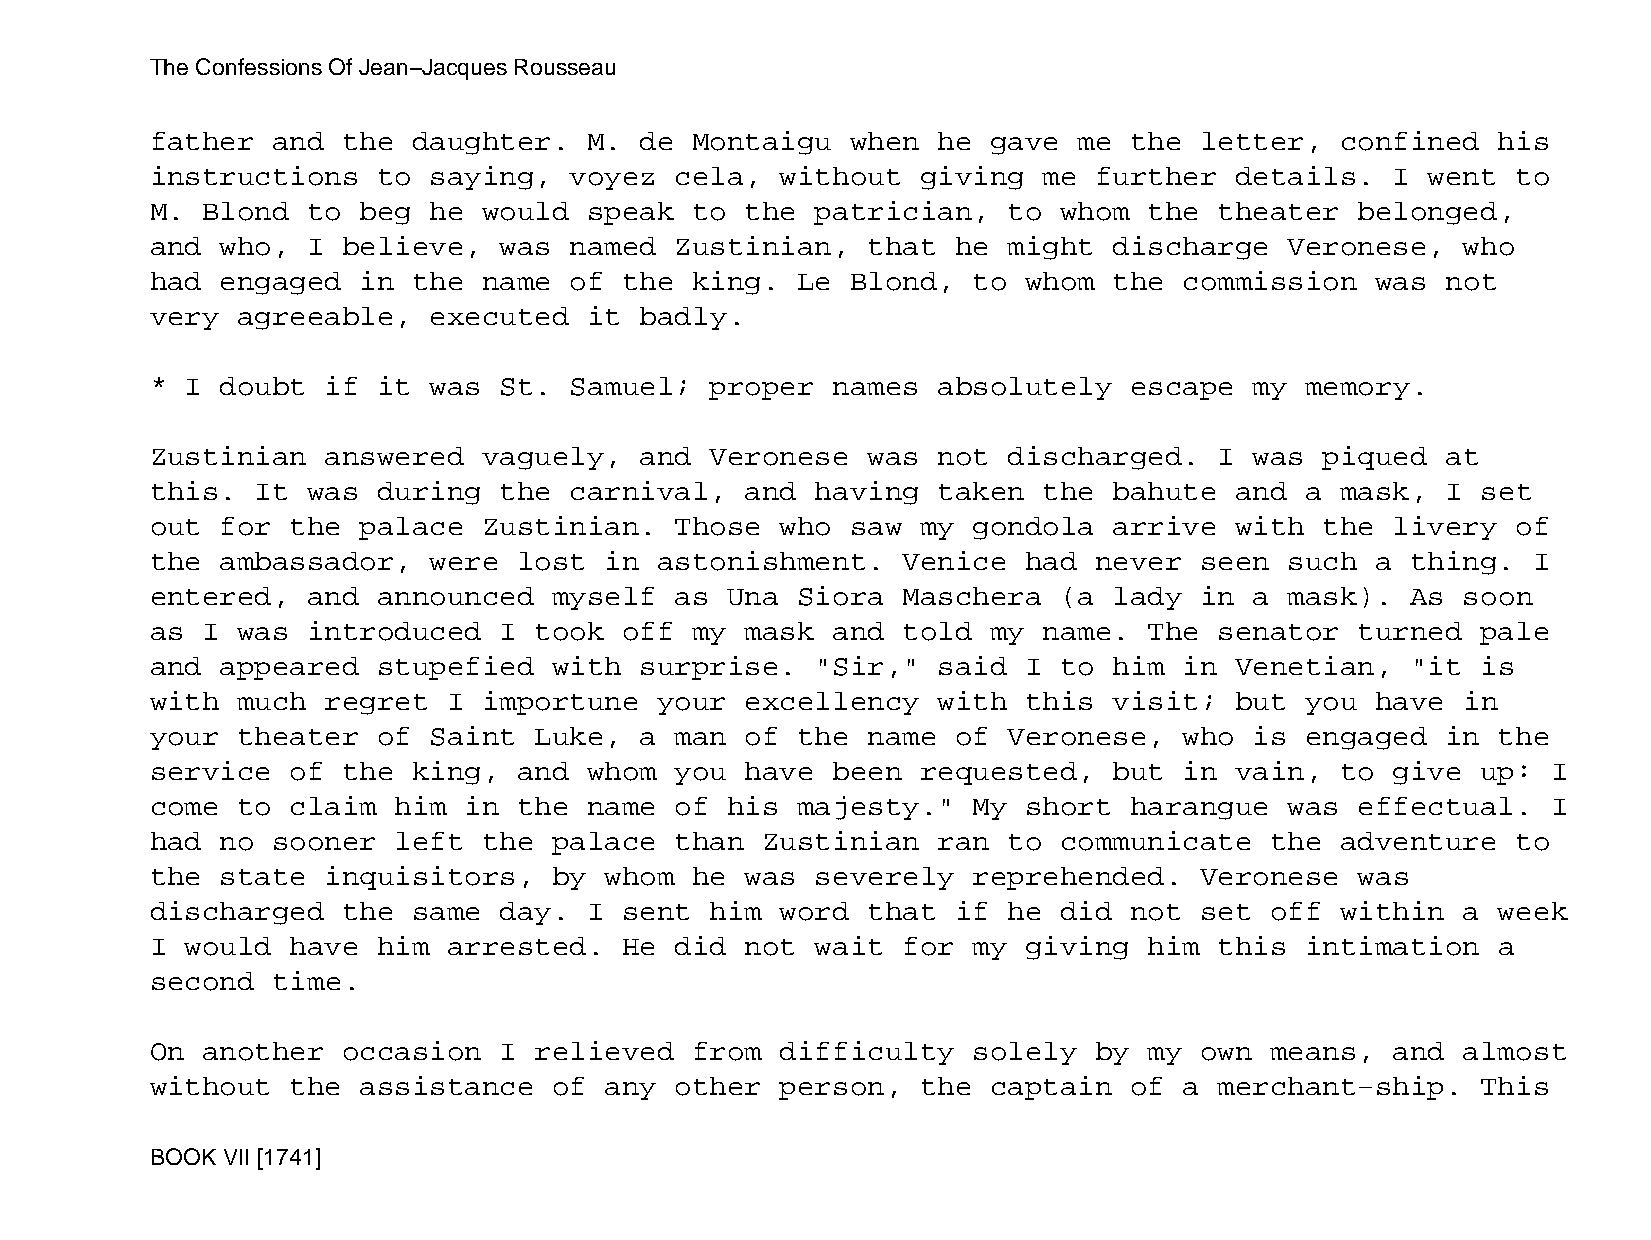
The Confessions Of Jean−Jacques Rousseau
 father  and  the daughter.   M. de  Montaigu  when  he  gave me  the letter,   confined  his
 instructions   to saying,   voyez  cela,  without  giving  me further   details.  I  went to
 M. Blond  to  beg he  would  speak  to the  patrician,   to whom  the  theater  belonged,
 and  who, I  believe,  was  named  Zustinian,  that  he  might  discharge  Veronese,   who
 had  engaged  in the  name  of the  king.  Le Blond,  to  whom  the commission   was  not
 very  agreeable,  executed   it badly.
 * I  doubt  if it was  St.  Samuel;  proper  names  absolutely   escape  my memory.
 Zustinian   answered  vaguely,  and  Veronese  was  not  discharged.   I was  piqued  at
 this.  It was  during  the  carnival,  and  having  taken  the  bahute  and a  mask,  I set
 out  for the  palace  Zustinian.   Those  who saw  my gondola   arrive  with  the livery  of
 the  ambassador,  were  lost  in  astonishment.   Venice  had never  seen  such  a thing.  I
 entered,  and  announced   myself  as Una  Siora  Maschera  (a  lady in  a mask).  As  soon
 as I  was introduced   I took  off  my mask  and  told  my name.  The  senator  turned  pale
 and  appeared  stupefied   with surprise.   "Sir,"  said  I to  him in  Venetian,  "it  is
 with  much  regret  I importune   your excellency   with  this  visit;  but you  have  in
 your  theater  of Saint  Luke,  a  man of  the name  of  Veronese,  who  is engaged   in the
 service  of  the king,  and  whom  you have  been  requested,   but in  vain,  to give  up:  I
 come  to claim  him  in the  name  of his  majesty."  My  short  harangue  was  effectual.   I
 had  no sooner  left  the  palace  than Zustinian   ran  to communicate   the  adventure  to
 the  state  inquisitors,   by whom  he was  severely  reprehended.   Veronese   was
 discharged   the same  day.  I sent  him  word that  if  he did  not set  off  within  a week
 I would  have  him  arrested.  He  did not  wait  for my  giving  him  this intimation   a
 second  time.
 On another   occasion  I relieved   from  difficulty  solely  by  my own  means,  and  almost
 without  the  assistance   of any  other  person,  the  captain  of a  merchant−ship.   This
 BOOK VII [1741]